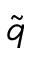
\tilde { q }